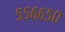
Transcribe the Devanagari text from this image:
५५६६५०